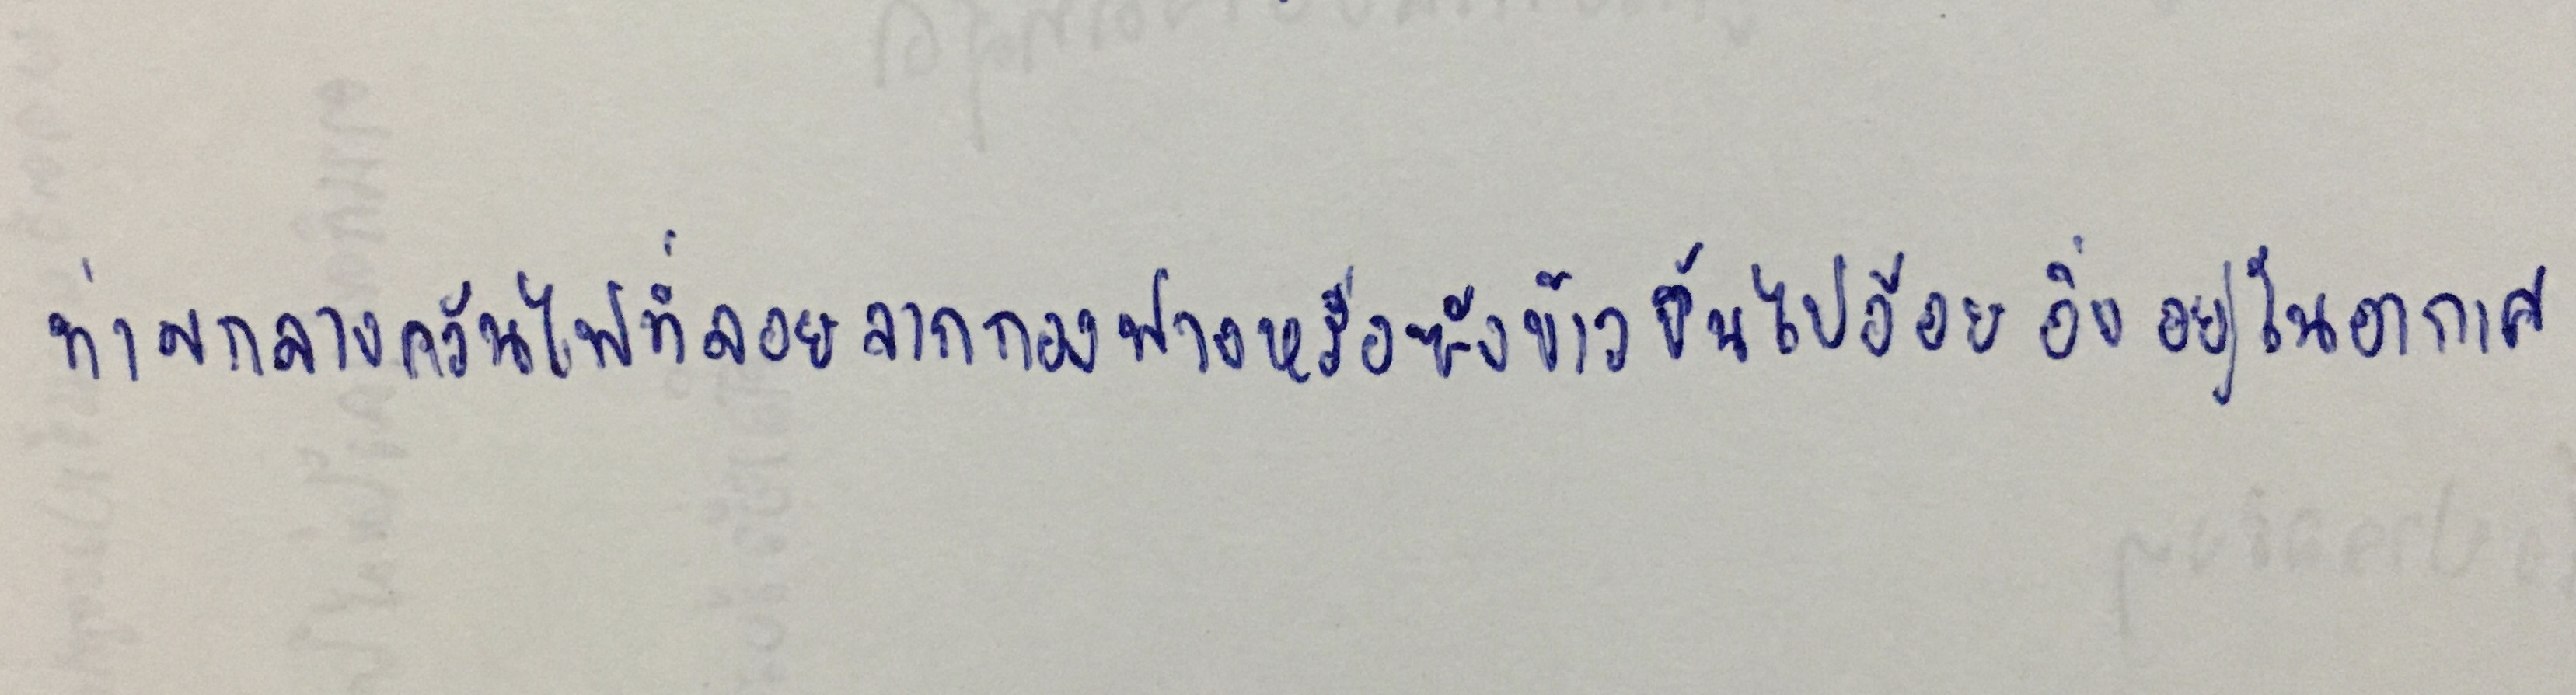
ท่ามกลางควันไฟที่ลอยจากกองฟางหรือซังข้าวขึ้นไปอ้อยอิ่งอยู่ในอากาศ